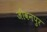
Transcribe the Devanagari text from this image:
जीवनपुर